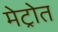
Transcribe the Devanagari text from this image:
मेट्रोत